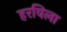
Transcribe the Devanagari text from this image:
हरविला